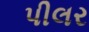
પીલર